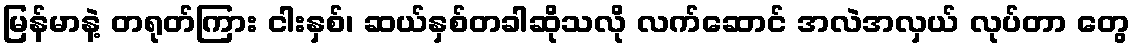
မြန်မာနဲ့ တရုတ်ကြား ငါးနှစ်၊ ဆယ်နှစ်တခါဆိုသလို လက်ဆောင် အလဲအလှယ် လုပ်တာ တွေ